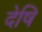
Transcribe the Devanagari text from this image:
देषि